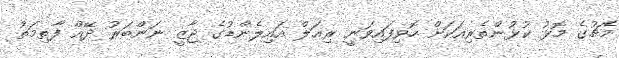
މެޗުގެ މޮޅު ކުޅުންތެރިއަކަށް ހޮވިފައިވަނީ ރިއަލް އައިލެންޑުގެ ޖާޒީ ނަންބަރު ދޭއް ފާތިމަތު